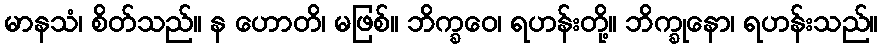
မာနသံ၊ စိတ်သည်။ န ဟောတိ၊ မဖြစ်။ ဘိက္ခဝေ၊ ရဟန်းတို့။ ဘိက္ခုနော၊ ရဟန်းသည်။